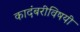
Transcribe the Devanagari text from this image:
कादंबरीविषयी